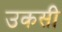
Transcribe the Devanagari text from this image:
उकसी